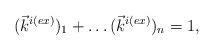
LaTeX: \begin{align*}(\vec{k}^{i(ex)})_1+ \ldots (\vec{k}^{i(ex)})_n=1,\end{align*}